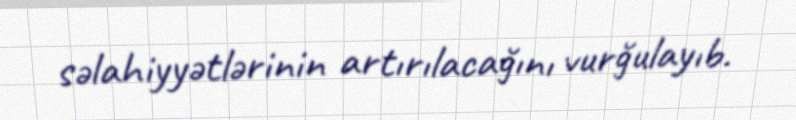
səlahiyyətlərinin artırılacağını vurğulayıb.